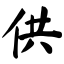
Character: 供